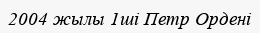
2004 жылы 1ші Петр Ордені